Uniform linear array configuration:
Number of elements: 8
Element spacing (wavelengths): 0.25
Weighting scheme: binomial
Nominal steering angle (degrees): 30
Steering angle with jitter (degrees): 29.83
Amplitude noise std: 0.05
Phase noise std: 0.05

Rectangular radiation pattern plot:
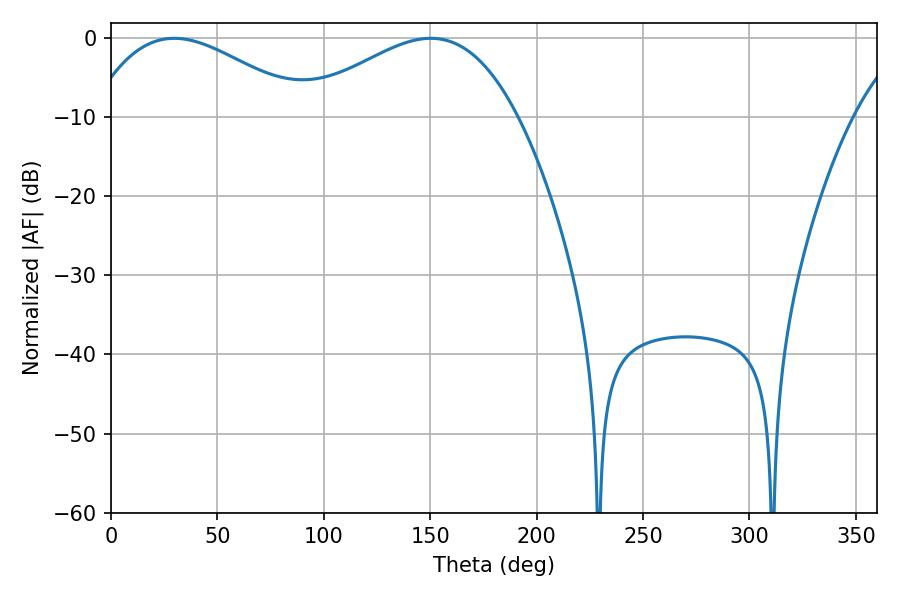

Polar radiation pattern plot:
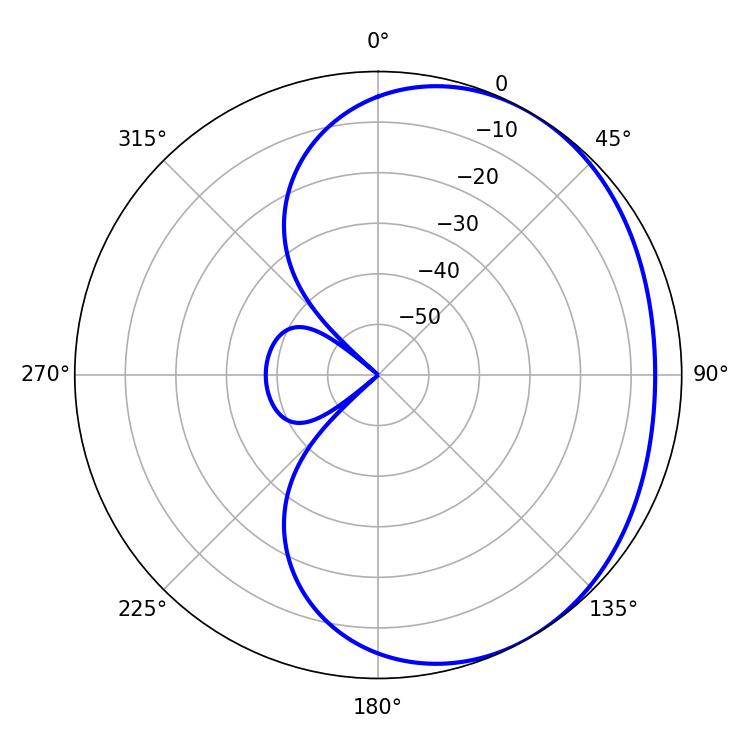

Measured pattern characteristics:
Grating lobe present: FALSE
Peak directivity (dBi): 2.382
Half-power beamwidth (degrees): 55.62
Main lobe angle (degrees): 29.7